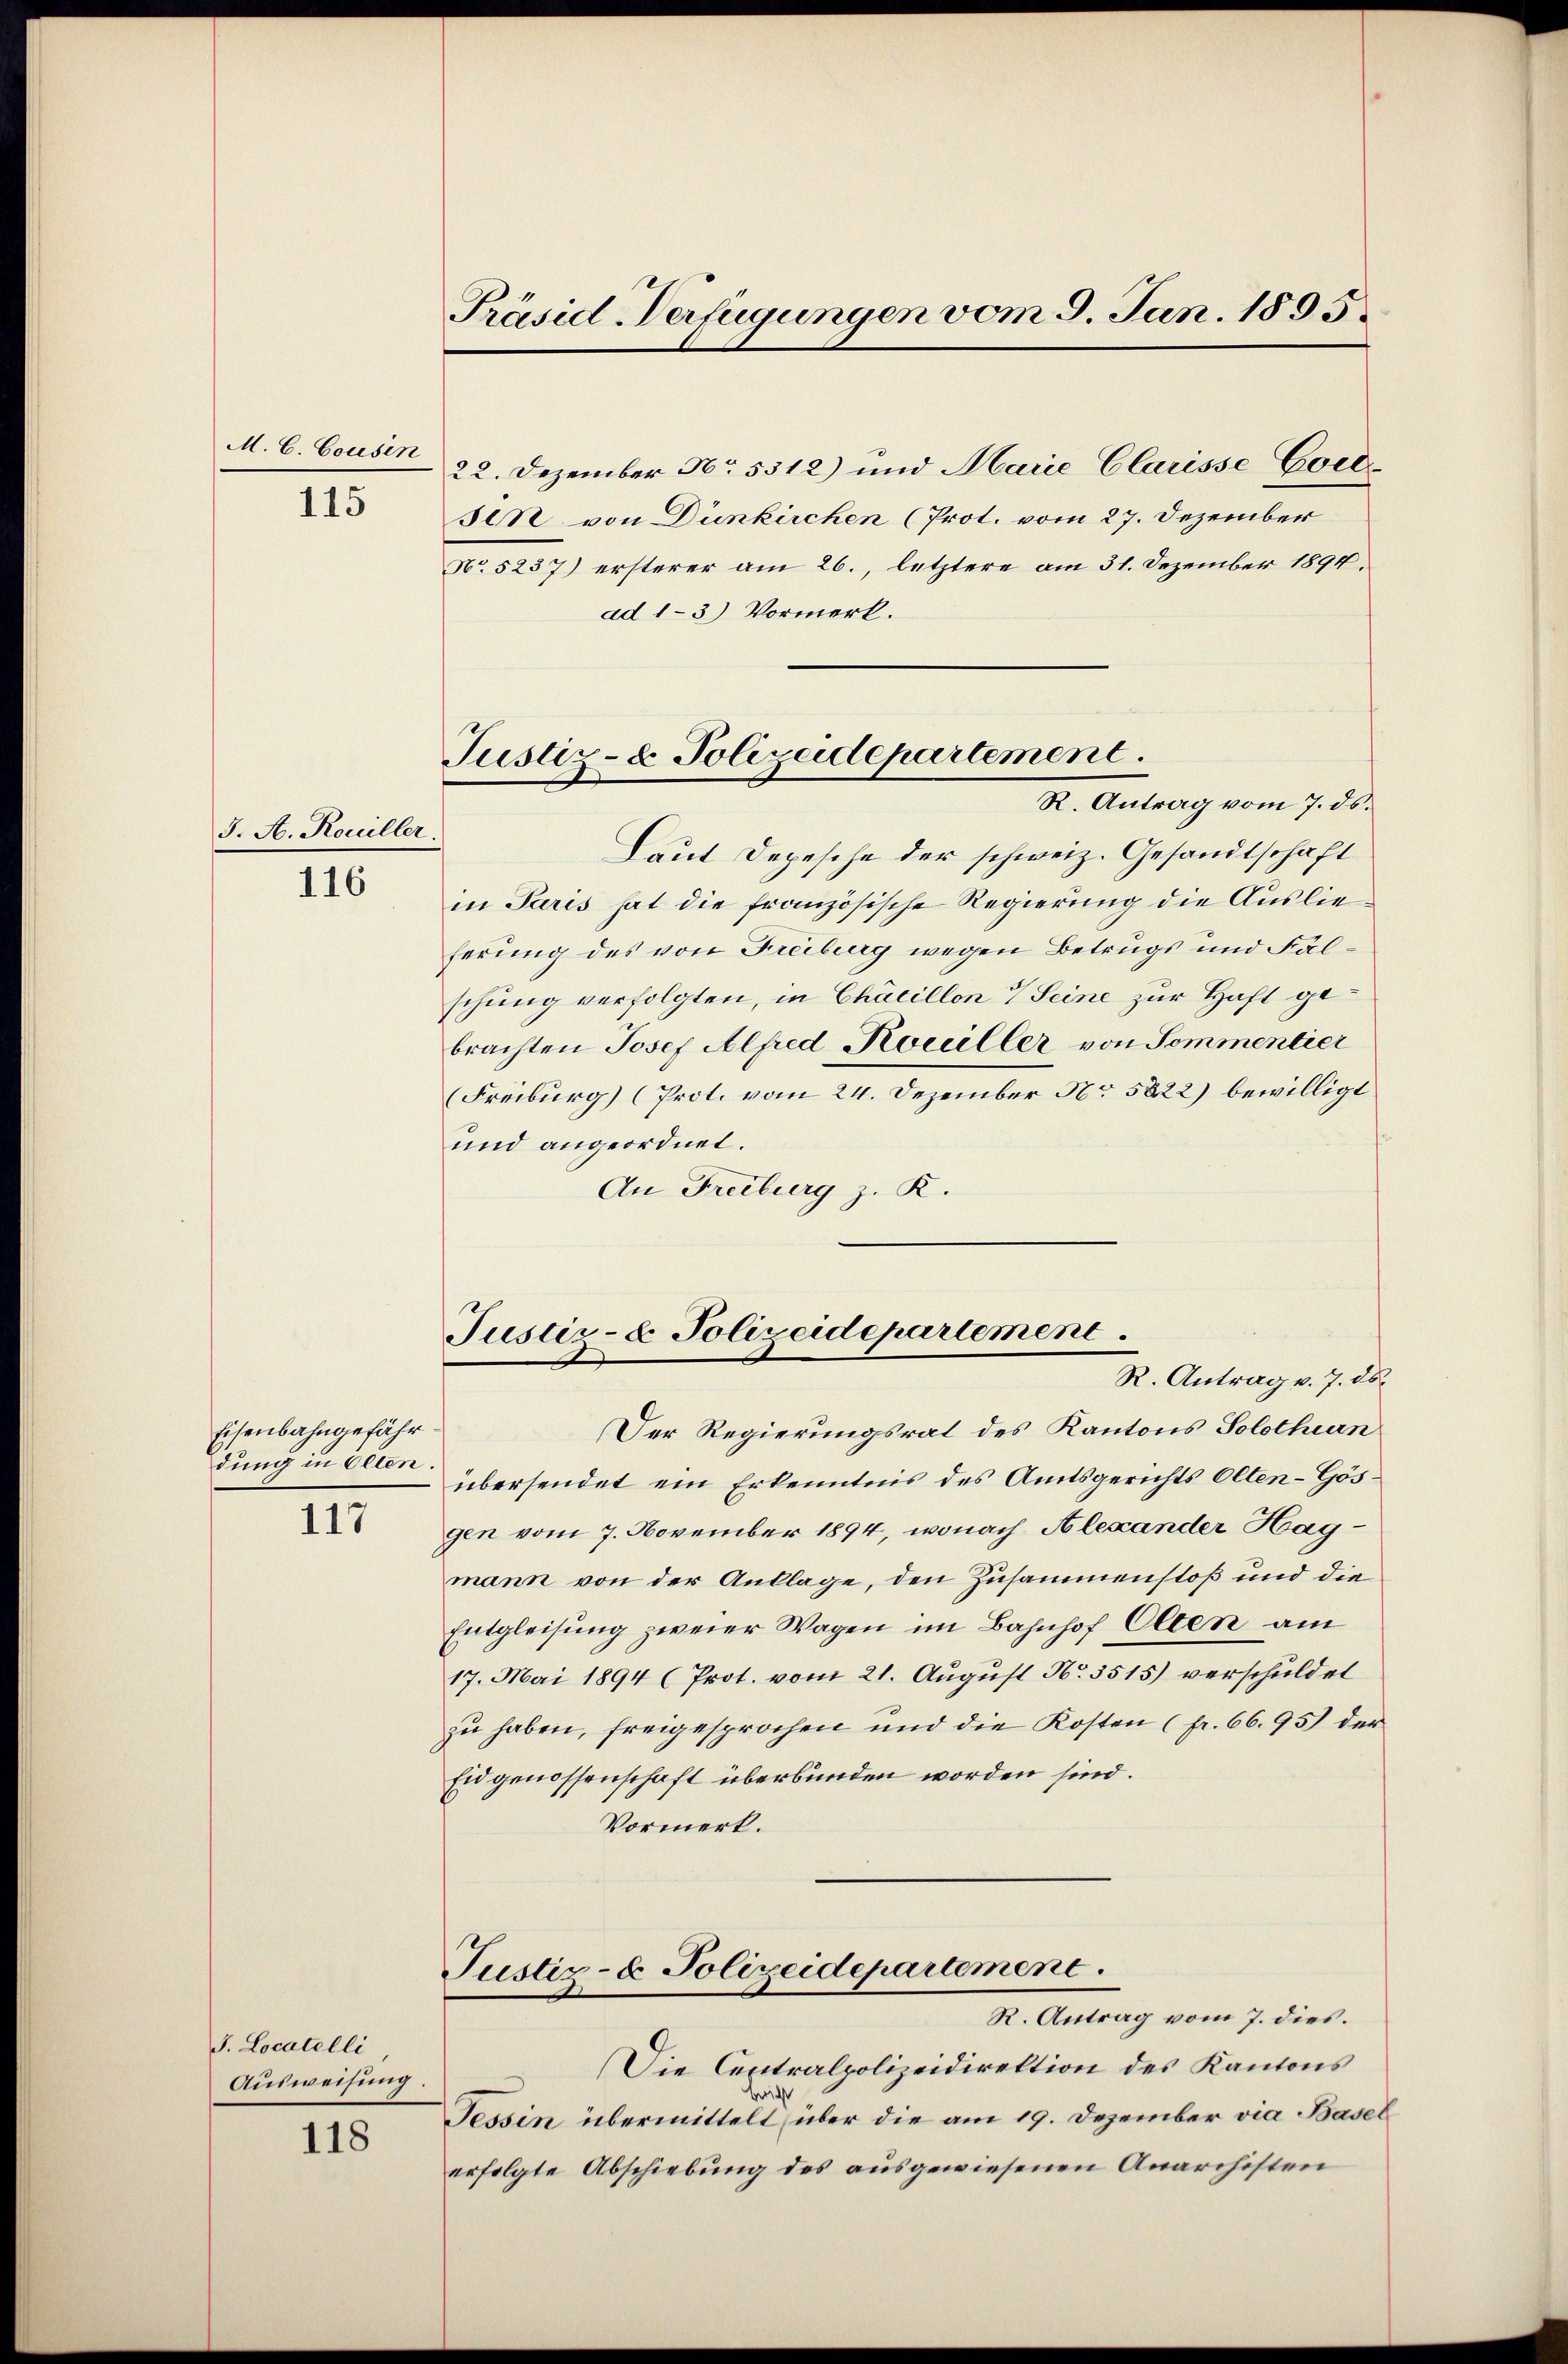
M. C. Cousen
115

J. A. Rouiller.

116

Eisenbahngefährdung in Olten.

117

J. Locatelli
Ausweisung.

118

Präsid-Verfügungen vom 3. Jan. 1895.

Justiz- & Polizeidepartement.
R. Antrag vom 7. ds.

22. Dezember No. 5512) und Marie Clarisse Coce-
sen von Dünkirchen (Prot. vom 27. Dezember
No. 5237) ersterer am 26., letztere am 31. Dezember 1894.
ad 1–3) Vormerk.
Laut Depesche der schweiz. Gesandtschaft
in Paris hat die französische Regierung die Auslieferung des von Freiburg wegen Betrugs und Fälschung verfolgten, in Chacillon 7 Seine zur Haft gebrachten Josef Alfred Kouiller von Sommentier
(Freiburg) (Prot. vom 24. Dezember No 5822) bewilligt.
und angeordnet.
An Freiburg z. R.

Justiz- & Polizeidepartement.
R. Antrag v. 7. ds.

Justiz- & Polizeidepartement.
R. Antrag vom 7. dies.

Der Regierungsrat des Kantons Solothurn
übersendet ein Erkenntnis des Amtsgerichts Olten-Gösgen vom 7. November 1894, wonach Alexander Hagmann von der Anklage, den Zusammenstoß und die
Entgleisung zweier Wagen im Bahnhof Olten am
17. Mai 1894 (Prot. vom 21. August No. 3515) verschuldet
zu haben, freigesprochen und die Kosten (pr. 66.95) der
Eidgenossenschaft überbunden worden sind.
Vormerk.

Die Centralpolizeidirektion des Kantons
wich
Tessin übermittelt über die am 19. Dezember via Basel
erfolgte Abschiebung des ausgewiesenen Anarchisten